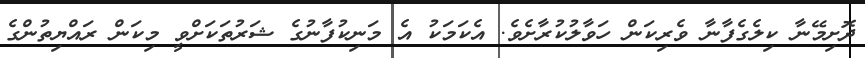
ދޮށިމޭނާ ކިލެގެފާނާ ވެރިކަން ހަވާލުކުރާށެވެ. އެކަމަކު އެ މަނިކުފާނުގެ ޝަރުތަކަށްވީ މިކަން ރައްޔިތުންގެ